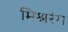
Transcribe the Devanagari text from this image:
मिश्ररंग